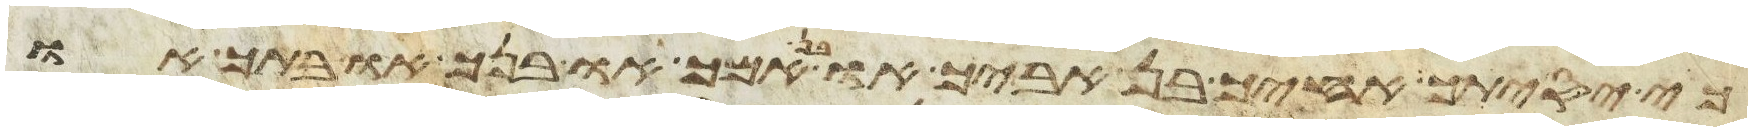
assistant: כי יסיתך אחיך בן אביך או בן אמך או בנך או בתך או